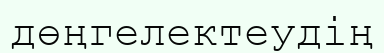
дөңгелектеудің